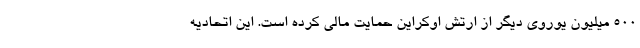
۵۰۰ میلیون یوروی دیگر از ارتش اوکراین حمایت مالی کرده است. این اتحادیه